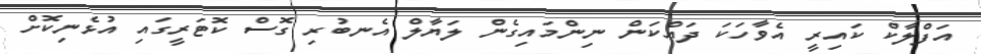
އަފްލާކް ކައިރީ އެވާހަކަ ދައްކަން ނިންމައިގެން ލަޔާލް އެނބުރި ގޮސް ކޮޓަރީގައި އުޅެނިކޮށް